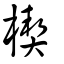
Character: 楔